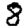
Digit: 8